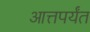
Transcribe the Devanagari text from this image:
आत्तपर्यंत